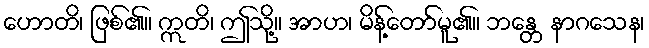
ဟောတိ၊ ဖြစ်၏။ ဣတိ၊ ဤသို့။ အာဟ၊ မိန့်တော်မူ၏။ ဘန္တေ နာဂသေန၊